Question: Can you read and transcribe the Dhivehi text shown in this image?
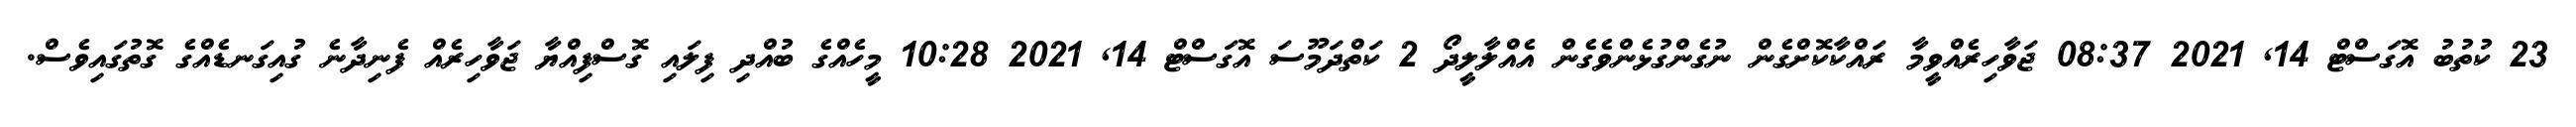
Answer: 23 ކުތުބު އޮގަސްޓް 14, 2021 08:37 ޖަވާހިރެއްވީމާ ރައްކާކޮށްގެން ނުގެންގުޅެންވެގެން އެއްލާލީދޯ 2 ކަތްދަމޫސަ އޮގަސްޓް 14, 2021 10:28 މީހެއްގެ ބުއްދި ފިލައި ގޮސްފިއްޔާ ޖަވާހިރެއް ފެނިދާނެ ގުއިގަނޑެއްގެ ގޮތުގައިވެސް.